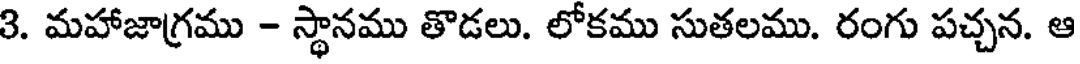
3. మహాజాగ్రము - స్థానము తొడలు. లోకము సుతలము. రంగు పచ్చన. ఆ